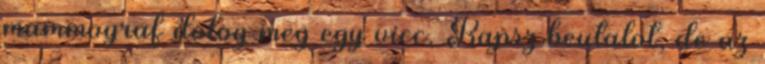
mammograf dolog meg egy vicc. Kapsz beutalot, de az